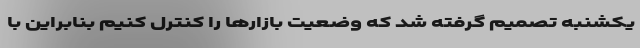
یکشنبه تصمیم گرفته شد که وضعیت بازارها را کنترل کنیم بنابراین با